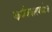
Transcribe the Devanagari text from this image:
कर्मकालपर्याप्त